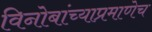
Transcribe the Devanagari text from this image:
विनोबांच्याप्रमाणेच